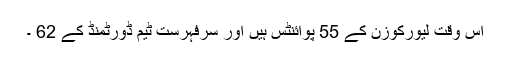
اس وقت لیورکوزن کے 55 پوائنٹس ہیں اور سرفہرست ٹیم ڈورٹمنڈ کے 62 ۔